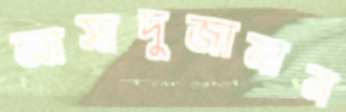
আসাদুজামান